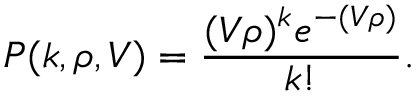
P ( k , \rho , V ) = { \frac { ( V \rho ) ^ { k } e ^ { - ( V \rho ) } } { k ! } } . \,